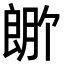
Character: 𬂆